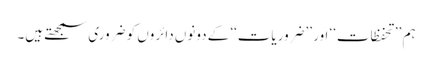
ہم ’’تحفظات‘‘ اور ’’ضروریات‘‘ کے دونوں دائروں کو ضروری سمجھتے ہیں۔